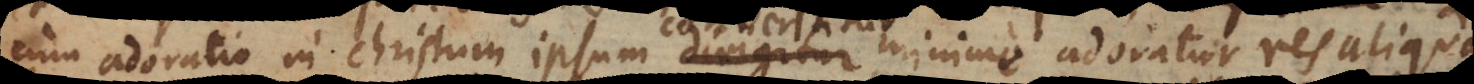
cum adoratio in Christum ipsum dirigatur, minime adoratur res aliqua